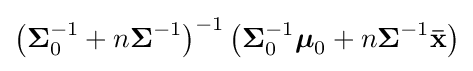
\left({\boldsymbol {\Sigma }}_{0}^{-1}+n{\boldsymbol {\Sigma }}^{-1}\right)^{-1}\left({\boldsymbol {\Sigma }}_{0}^{-1}{\boldsymbol {\mu }}_{0}+n{\boldsymbol {\Sigma }}^{-1}\mathbf {\bar {x}} \right)